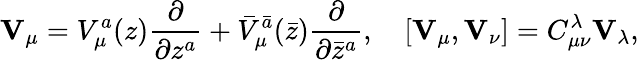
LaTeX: {\mathbf V}_{\mu}=V_{\mu}^{a}(z)\frac{\partial}{\partial z^{a}}+{\bar{V}}_{\mu}^{\bar{a}}(\bar{z})\frac{\partial}{\partial\bar{z}^{a}},\quad[{\mathbf V}_{\mu},{\mathbf V}_{\nu}]=C_{\mu\nu}^{\lambda}{\mathbf V}_{\lambda},